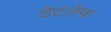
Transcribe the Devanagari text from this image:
डेटलेफ़